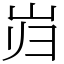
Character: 岿